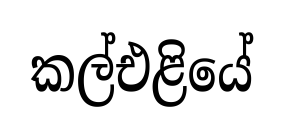
කල්එළියේ